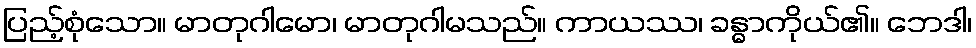
ပြည့်စုံသော။ မာတုဂါမော၊ မာတုဂါမသည်။ ကာယဿ၊ ခန္ဓာကိုယ်၏။ ဘေဒါ၊